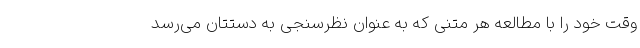
وقت خود را با مطالعه هر متنی که به عنوان نظرسنجی به دستتان می‌رسد